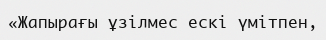
«Жапырағы ұзілмес ескі үмітпен,